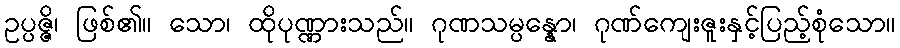
ဥပ္ပဇ္ဇိ၊ ဖြစ်၏။ သော၊ ထိုပုဏ္ဏားသည်။ ဂုဏသမ္ပန္နော၊ ဂုဏ်ကျေးဇူးနှင့်ပြည့်စုံသော။